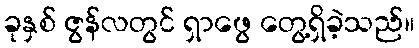
ခုနှစ် ဇွန်လတွင် ရှာဖွေ တွေ့ရှိခဲ့သည်။